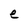
Character: e